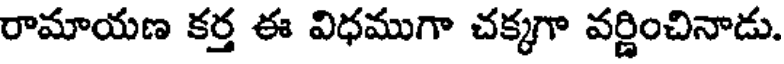
రామాయణ కర్త ఈ విధముగా చక్కగా వర్ణించినాడు.